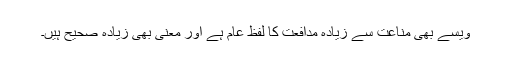
ویسے بھی مناعت سے زیادہ مدافعت کا لفظ عام ہے اور معنی بھی زیادہ صحیح ہیں۔